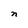
Character: n